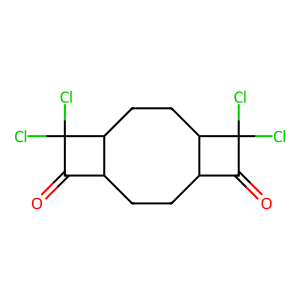
SMILES: O=C1C2CCC3C(=O)C(Cl)(Cl)C3CCC2C1(Cl)Cl
Inhibits HIV replication: No